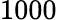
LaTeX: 1000